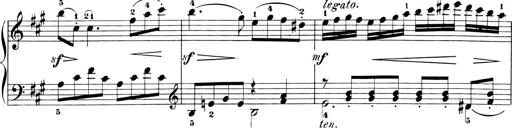
Title: 6 Piano Sonatinas
Composer: Cornelius Gurlitt